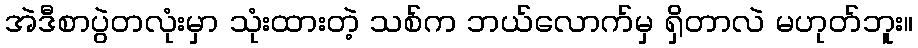
အဲဒီစာပွဲတလုံးမှာ သုံးထားတဲ့ သစ်က ဘယ်လောက်မှ ရှိတာလဲ မဟုတ်ဘူး။